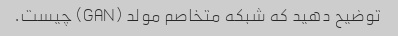
توضیح دهید که شبکه متخاصم مولد (GAN) چیست.